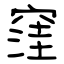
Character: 窪